Report on malaria in the Punjab during the year ...  together with an account of the work of the Punjab Malaria Bureau - Volume 6
Disease focus: Malaria
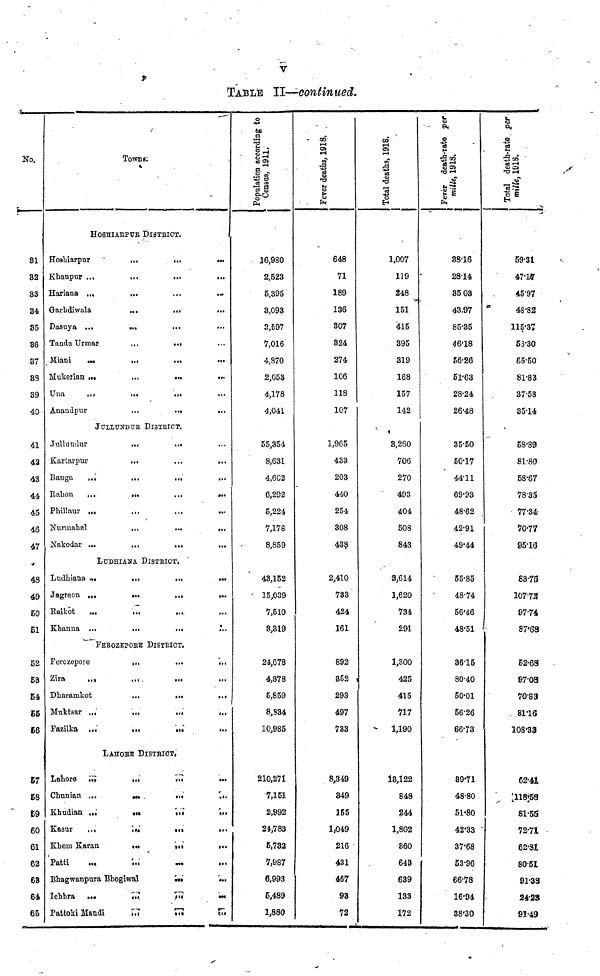
V
TABLE II—continued.
No.
81
32
S3
34.
35
86
87
8S
89
40
41
42
43
44
45
46
47
48
49
50
51
52
S3
54
55
S6
57
58
59
60
61
62
63
64
65
Towns;
HOSHIARPUR DlSTRICT.
Hoshiarpur
Khanpur ...
Hariana ...
Garhdiwala
Dasuya ...
Tanda Urmar
Miani
Mukerian
Una
Anandpur
...
...
...
...
...
...
...
...
...
...
...
...
...
...
...
...
...
...
...
...
JULLUNDER DlSTRICT.
Jullundur
Kartarpur
Banga...
Rahon
...
Phillaur ...
Nurmahal
Nakodar ...
...
...
...
...
...
...
...
...
...
...
...
...
...
...
LUDHIANA DlSTRICT,
Ludhiana ...
Jagraon ...
Raikot
...
Khanna ...
...
...
...
...
...
...
...
...
FEROZEPORE DlSTRICT.
Ferozepore
Zira
...
Dharamkot
Muktsar ...
Fazilka ...
...
...
...
...
...
...
...
...
Ill
...
LAHORE DlSTRICT.
Lahore
...
Chunian ...
Khudian ...
Kasur
...
Khem Karan
Patti
...
...
...
•It
...
...
Bhagwanpura Bhogiwal
Ichhra
...
Pattoki Mandi
...
...
...
• It
...
...
...
...
...
...
...
...
...
...
...
...
...
...
...
...
...
...
...
...
...
...
...
...
...
...
...
...
...
...
...
...
...
...
• a.
...
...
...
...
...
...
Populati
16,980
2,523
5,395
3,093
2,597
7,016
4,870
2,053
4,178
4,041
55,354
8,631
4,6o2
6,292
5,224
7,178
8,859
43,152
• 15,039
7,510
3,319
24,678
4,378
5,859
8,834
10,985
210,271
7,151
2,992
24,783
5,732
7,987
6,993
5,489
1,880
648
71
189
136
307
324
274
106
118
107
1,965
433
203
440
254
308
438
2,410
733
424
161
892
852
293
497
733
S,349
849
155
1,049
216
431
467
93
72
1918.
Total
1,007
119
248
151
415
395
319
168
157
142
3,2S0
706
270
493
404
508
843
3,614
1,620
734
291
1,300
425
415
717
1,190
13,122
848
244
1,802
360
643
639
133
172
death-rate
1918.
Fever
milk,
38.16
2814
35 03
43.97
85.35
46.18
56.26
51.63
28.24
26.48
35-50
50.17
44.11
69.93
48.62
42.91
49.44
55.85
48.74
56.46
48.51
3615
80.40
50.01
56.26
66'73
89.71
48.80
51.80
42.33
37'68
53.96
66.78
16.94
38'30
death-rate
1918.
59.31
47.17
45.97
48.'82
115.37
58.30
65.50
81.83
37.58
35.14
58.89
81.80
58.67
78.35
77-34
70-77
95.10
83.73
107.73
97-74
87.68
52.68
97.08
70.83
81.16
108.33
62.41
118.53
81.55
72.71
62.81
80.51
91.38
24.23
91.49